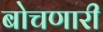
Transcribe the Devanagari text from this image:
बोचणारी